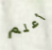
أعلم